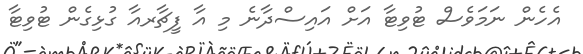
އެހެން ނަމަވެސް ޓުވިޓާ އަށް އައިސްދާނެ މި އާ ފީޗާރއާ ގުޅިގެން ޓުވިޓާ